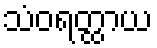
သံဝရတ္ထာယ